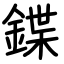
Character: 鍱